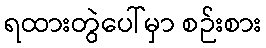
ရထားတွဲပေါ်မှာ စဉ်းစား